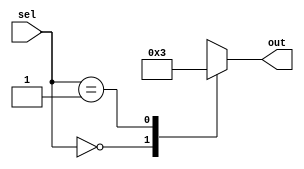
module dont_care_example (
    input [1:0] sel,
    output reg [3:0] out
);

always @(*) begin
    case(sel)
        2'b00: out <= 4'b0000; // Define behavior for sel = 00
        2'b01: out <= 4'b0011; // Define behavior for sel = 01
        default: out <= 4'bx;  // Don't care case statement for all other sel values
    endcase
end
endmodule